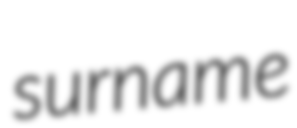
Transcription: surname